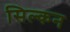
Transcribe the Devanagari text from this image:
सिल्कन